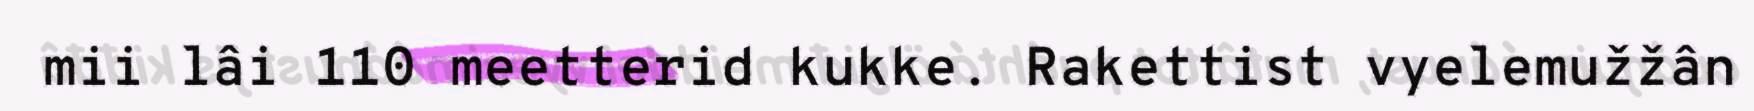
mii lâi 110 meetterid kukke. Rakettist vyelemužžân